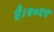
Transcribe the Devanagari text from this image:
है।२०११